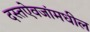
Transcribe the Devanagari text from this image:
दस्तऐवजांमधील